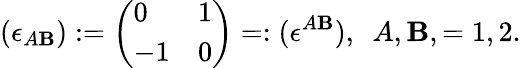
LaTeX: (\epsilon_{A\mathbf{B}}):=\left(\begin{array}{ll}{{0}}&{{1}}\\ {{-1}}&{{0}}\end{array}\right)=:(\epsilon^{A\mathbf{B}}),\ \ A,\mathbf{B},=1,2.